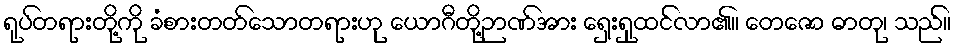
ရုပ်တရားတို့ကို ခံစားတတ်သောတရားဟု ယောဂီတို့ဉာဏ်အား ရှေးရှုထင်လာ၏။ တေဇော ဓာတု၊ သည်။